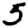
Digit: 5